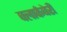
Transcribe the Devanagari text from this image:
क्लार्कबेरी